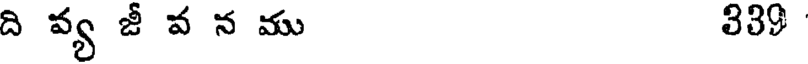
ది వ్య జీ వ న ము 339